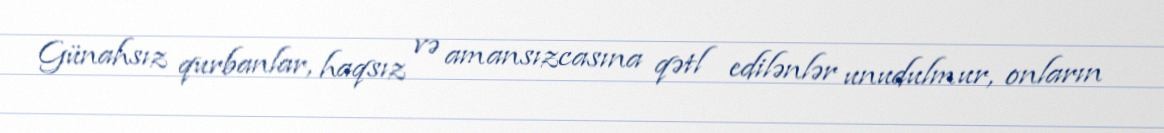
Günahsız qurbanlar, haqsız və amansızcasına qətl edilənlər unudulmur, onların